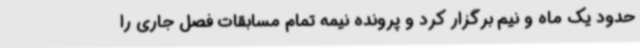
حدود یک ماه و نیم برگزار کرد و پرونده نیمه تمام مسابقات فصل جاری را